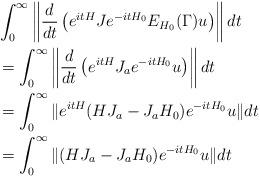
LaTeX: \begin{align*}&\int_0^\infty \left\|\frac{d}{dt} \left(e^{itH}Je^{-itH_0}E_{H_0}(\Gamma)u \right)\right\| dt \\&=\int_0^\infty \left\|\frac{d}{dt} \left(e^{itH}J_ae^{-itH_0}u \right)\right\| dt \\&= \int_0^\infty \|e^{itH}(HJ_a-J_aH_0)e^{-itH_0}u\| dt \\&= \int_0^\infty \|(HJ_a-J_aH_0)e^{-itH_0}u\| dt \end{align*}